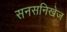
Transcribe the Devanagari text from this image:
सनसनिखेज